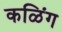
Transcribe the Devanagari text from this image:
कळिंग